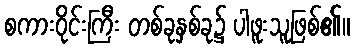
စကားဝိုင်းကြီး တစ်ခုနှစ်ခု၌ ပါဖူးသူဖြစ်၏။